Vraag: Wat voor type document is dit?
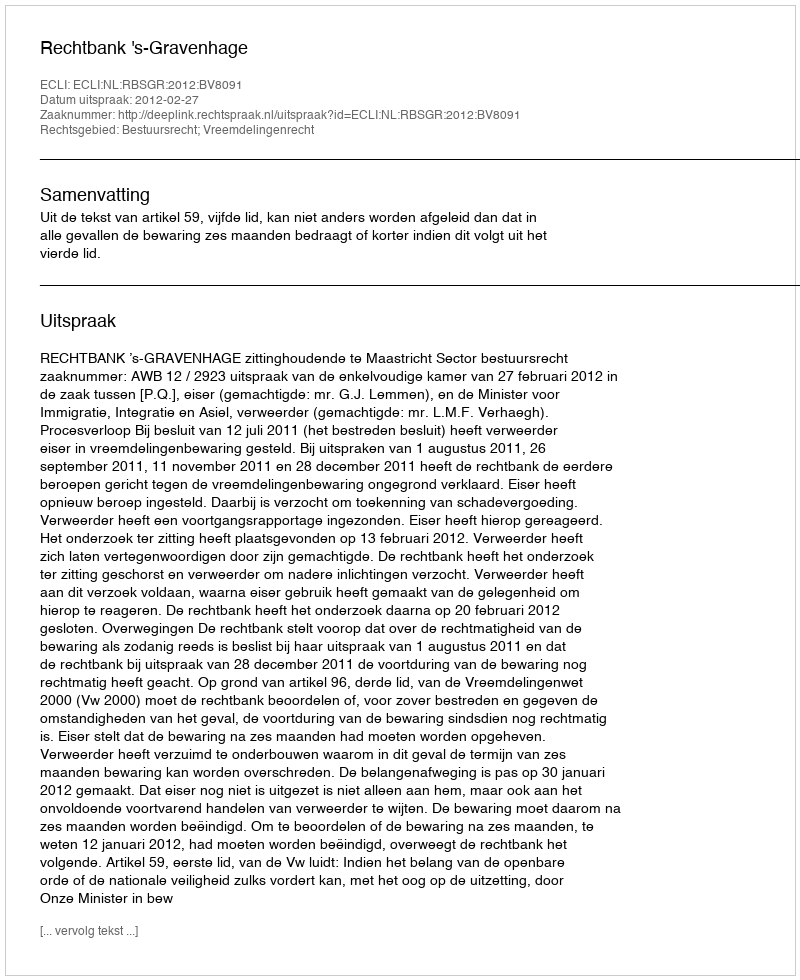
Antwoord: Uitspraak